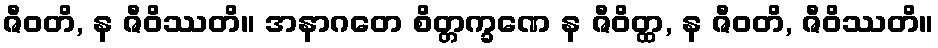
ဇီဝတိ, န ဇီဝိဿတိ။ အနာဂတေ စိတ္တက္ခဏေ န ဇီဝိတ္ထ, န ဇီဝတိ, ဇီဝိဿတိ။